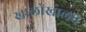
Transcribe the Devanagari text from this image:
खालोखालचे